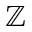
\mathbb { Z }